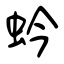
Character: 蚙